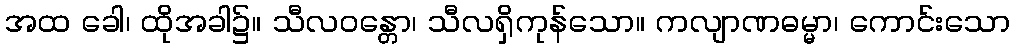
အထ ခေါ၊ ထိုအခါ၌။ သီလဝန္တော၊ သီလရှိကုန်သော။ ကလျာဏဓမ္မာ၊ ကောင်းသော